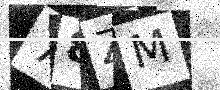
Text: 78ZM